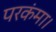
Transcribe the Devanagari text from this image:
परकंमा।